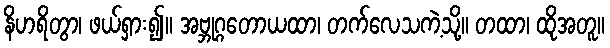
နိဟရိတွာ၊ ဖယ်ရှား၍။ အဗ္ဘုဂ္ဂတောယထာ၊ တက်လေသကဲ့သို့။ တထာ၊ ထိုအတူ။